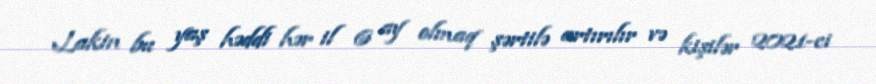
Lakin bu yaş həddi hər il 6 ay olmaq şərtilə artırılır və kişilər 2021-ci